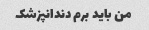
من باید برم دندانپزشک